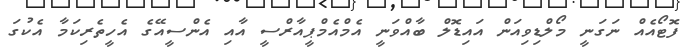
ފޮޓޯއެއް ނަގަނީ މޯލްޑިވިއަން އައިޑޮލް ބާއްވަނީ އެމްއެމްޕީއާރްސީ އާއި އެންސީއޭގެ އެހީތެރިކަމާ އެކުގަ